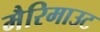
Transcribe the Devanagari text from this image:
मैरिमाउट